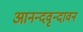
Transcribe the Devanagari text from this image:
आनन्दवृन्दावन